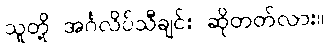
သူတို့ အင်္ဂလိပ်သီချင်း ဆိုတတ်လား။